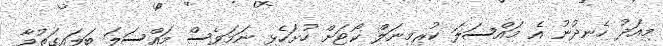
މިއަދު ހެނދުނު އެ މައްސަލަ ކުރިމިނަލް ކޯޓަށް ހުށަހެޅި ނަމަވެސް މައްސަލަ ބަލައިގަތުމާ